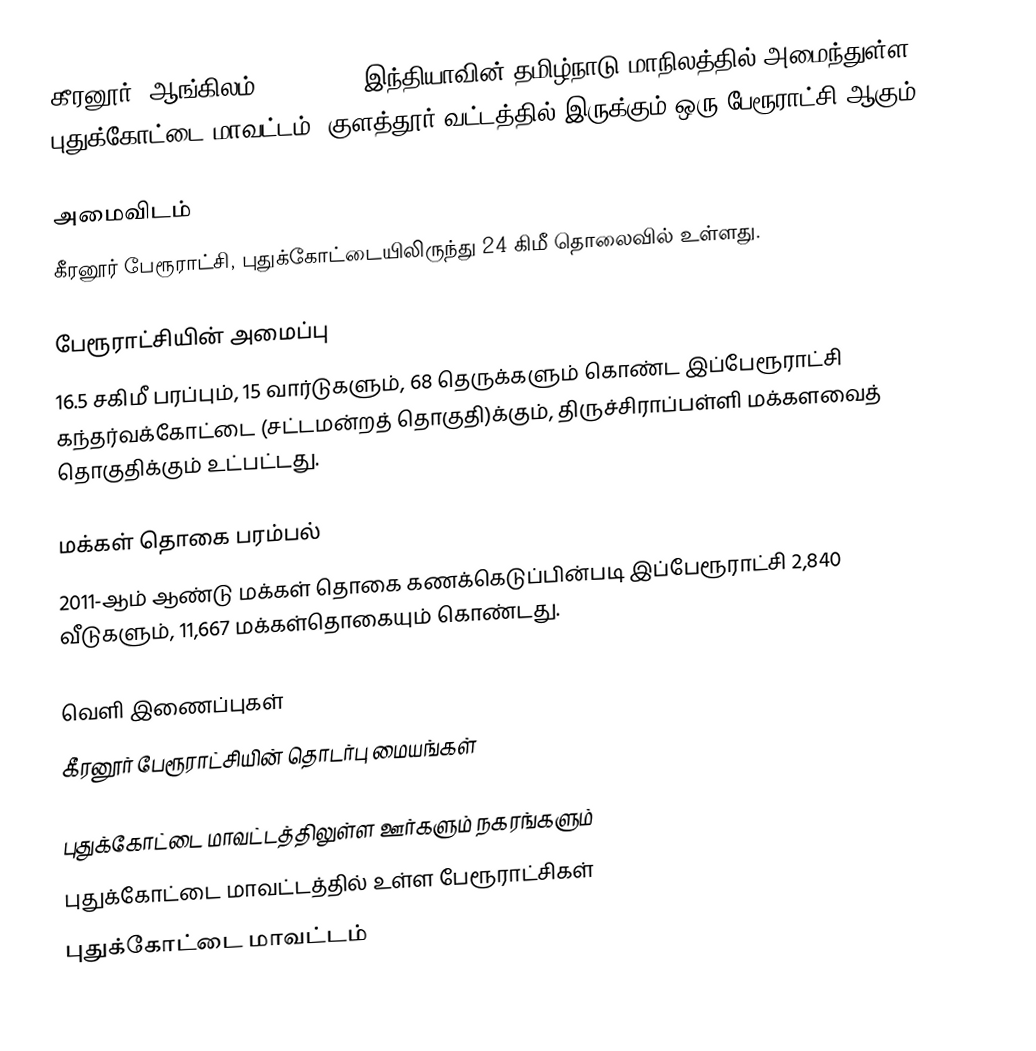
கீரனூர் (ஆங்கிலம்:Keeranur), இந்தியாவின் தமிழ்நாடு மாநிலத்தில் அமைந்துள்ள புதுக்கோட்டை மாவட்டம், குளத்தூர் வட்டத்தில்  இருக்கும் ஒரு பேரூராட்சி ஆகும்.

அமைவிடம்
கீரனூர் பேரூராட்சி, புதுக்கோட்டையிலிருந்து  24 கிமீ தொலைவில்  உள்ளது.

பேரூராட்சியின் அமைப்பு
16.5 சகிமீ பரப்பும்,  15 வார்டுகளும்,  68 தெருக்களும் கொண்ட இப்பேரூராட்சி  கந்தர்வக்கோட்டை (சட்டமன்றத் தொகுதி)க்கும், திருச்சிராப்பள்ளி மக்களவைத் தொகுதிக்கும் உட்பட்டது.

மக்கள் தொகை பரம்பல்
2011-ஆம் ஆண்டு மக்கள் தொகை கணக்கெடுப்பின்படி  இப்பேரூராட்சி   2,840  வீடுகளும், 11,667  மக்கள்தொகையும் கொண்டது.

வெளி இணைப்புகள்
 கீரனூர் பேரூராட்சியின் தொடர்பு மையங்கள்

புதுக்கோட்டை மாவட்டத்திலுள்ள ஊர்களும் நகரங்களும்
புதுக்கோட்டை மாவட்டத்தில் உள்ள பேரூராட்சிகள்
புதுக்கோட்டை மாவட்டம்